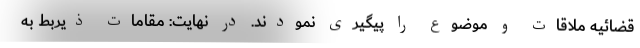
قضائیه ملاقات و موضوع را پیگیری نمودند. در نهایت: مقامات ذیربط به